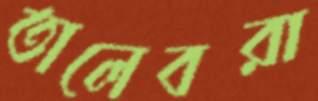
তালেবরা